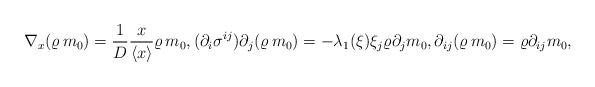
LaTeX: \begin{align*}\nabla_x(\varrho\, m_0)=\frac{1}{D}\frac{x}{\left<x\right>}\varrho\, m_0,(\partial_i \sigma^{ij})\partial_j(\varrho\, m_0)=-\lambda_1(\xi)\xi_j \varrho \partial_j m_0,\partial_{ij}(\varrho\, m_0)=\varrho \partial_{ij}m_0,\end{align*}